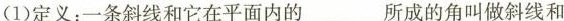
(1)定义：一条斜线和它在平面内的___所成的角叫做斜线和